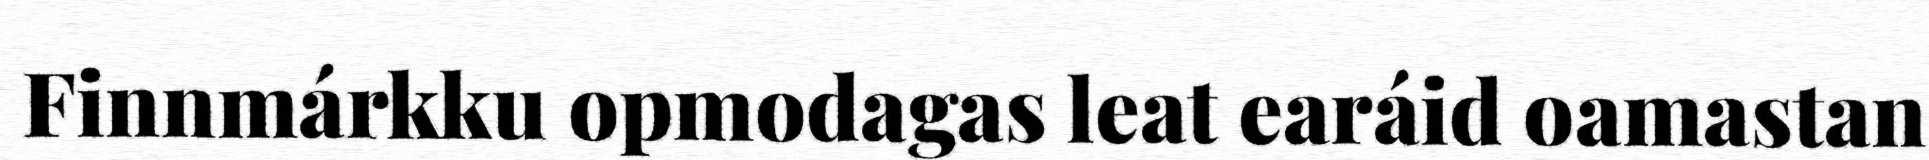
Finnmárkku opmodagas leat earáid oamastan